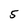
Character: 5